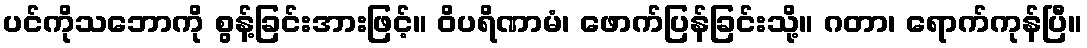
ပင်ကိုသဘောကို စွန့်ခြင်းအားဖြင့်။ ဝိပရိဏာမံ၊ ဖောက်ပြန်ခြင်းသို့။ ဂတာ၊ ရောက်ကုန်ပြီ။